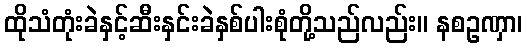
ထိုသံတုံးခဲနှင့်ဆီးနှင်းခဲနှစ်ပါးစုံတို့သည်လည်း။ နစဥဏှာ၊